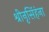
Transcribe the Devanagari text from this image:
श्रीनृसिंहंना